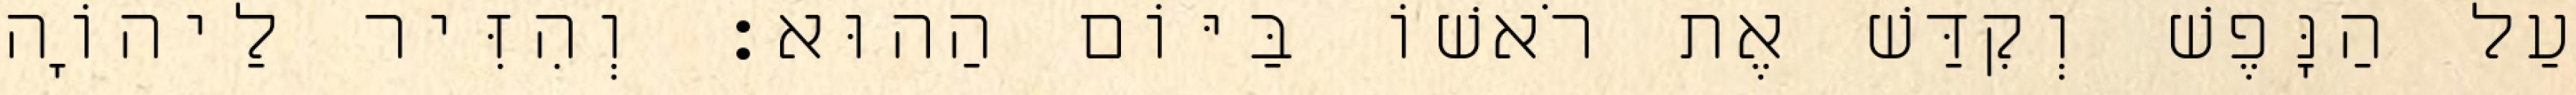
עַל הַנָּפֶשׁ וְקִדַּשׁ אֶת רֹאשׁוֹ בַּיּוֹם הַהוּא׃ וְהִזִּיר לַיהוָֹה